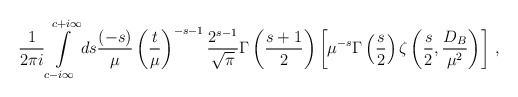
\begin{align*} \frac 1{2\pi i}\int\limits_{c-i\infty }^{c+i\infty }ds\frac{(-s)}{\mu}\left(\frac{t}{\mu}\right)^{-s-1}\frac{2^{s-1}}{\sqrt{\pi}}\Gamma \left( \frac{ s+1}2\right) \left[ \mu^{-s}\Gamma \left(\frac s2\right) \zeta \left( \frac s2, \frac{D_B}{\mu ^2}\right)\right]\,,\end{align*}